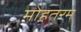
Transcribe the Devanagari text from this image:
मोहतरम